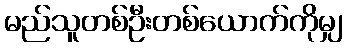
မည်သူတစ်ဦးတစ်ယောက်ကိုမျှ